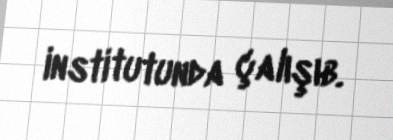
institutunda çalışıb.